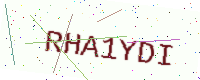
Text: RHA1YDI